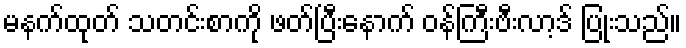
မနက်ထုတ် သတင်းစာကို ဖတ်ပြီးနောက် ဝန်ကြီးဗီးလာ့ဒ် ပြုံးသည်။